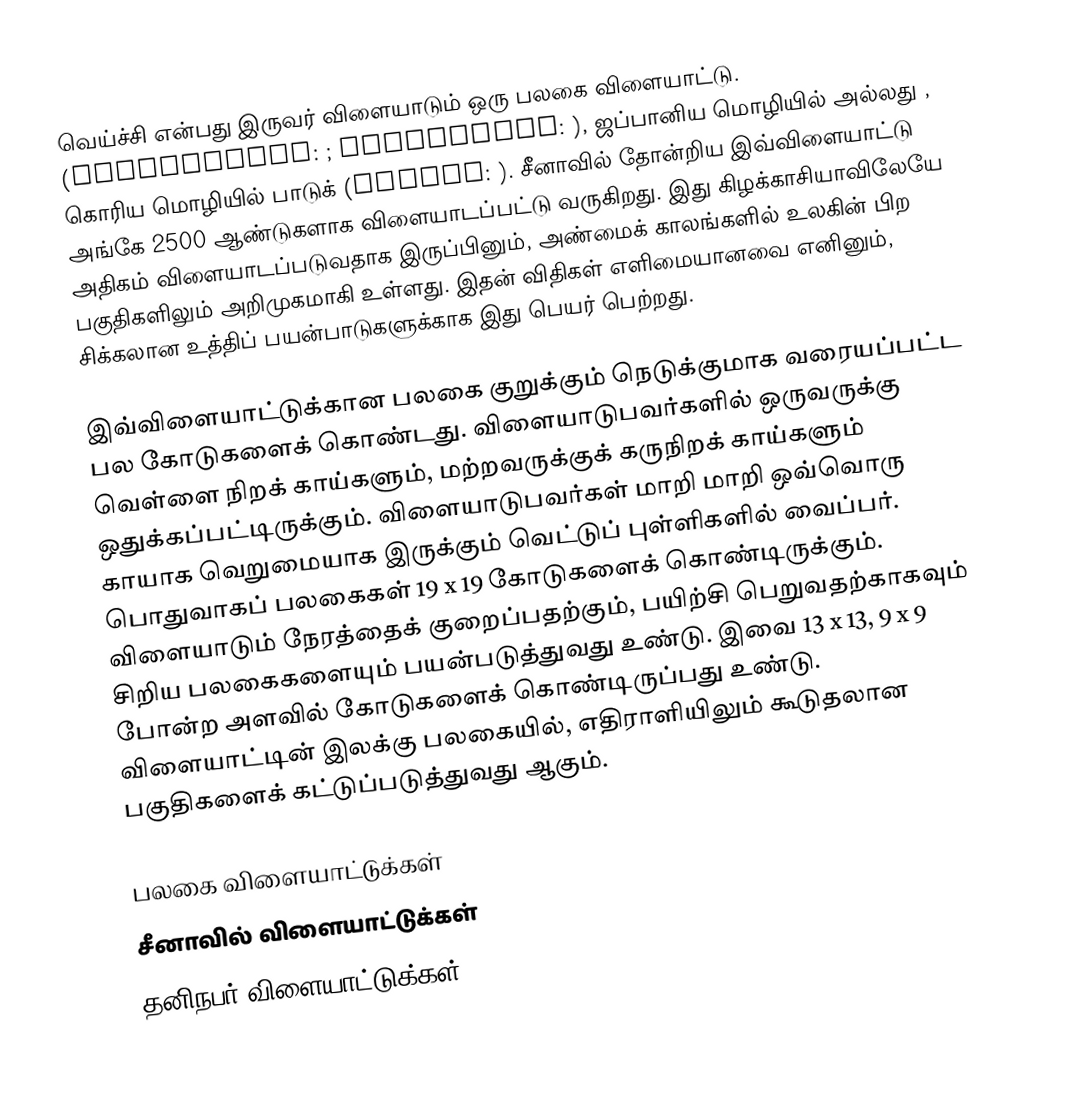
வெய்ச்சி என்பது இருவர் விளையாடும் ஒரு பலகை விளையாட்டு. (Traditional: ; Simplified: ), ஜப்பானிய மொழியில்  அல்லது , கொரிய மொழியில் பாடுக் (hangul: ). சீனாவில் தோன்றிய இவ்விளையாட்டு அங்கே 2500 ஆண்டுகளாக விளையாடப்பட்டு வருகிறது. இது கிழக்காசியாவிலேயே அதிகம் விளையாடப்படுவதாக இருப்பினும், அண்மைக் காலங்களில் உலகின் பிற பகுதிகளிலும் அறிமுகமாகி உள்ளது. இதன் விதிகள் எளிமையானவை எனினும், சிக்கலான உத்திப் பயன்பாடுகளுக்காக இது பெயர் பெற்றது.

இவ்விளையாட்டுக்கான பலகை குறுக்கும் நெடுக்குமாக வரையப்பட்ட பல கோடுகளைக் கொண்டது. விளையாடுபவர்களில் ஒருவருக்கு வெள்ளை நிறக் காய்களும், மற்றவருக்குக் கருநிறக் காய்களும் ஒதுக்கப்பட்டிருக்கும். விளையாடுபவர்கள் மாறி மாறி ஒவ்வொரு காயாக வெறுமையாக இருக்கும் வெட்டுப் புள்ளிகளில் வைப்பர். பொதுவாகப் பலகைகள் 19 x 19 கோடுகளைக் கொண்டிருக்கும். விளையாடும் நேரத்தைக் குறைப்பதற்கும், பயிற்சி பெறுவதற்காகவும் சிறிய பலகைகளையும் பயன்படுத்துவது உண்டு. இவை 13 x 13, 9 x 9 போன்ற அளவில் கோடுகளைக் கொண்டிருப்பது உண்டு. விளையாட்டின் இலக்கு பலகையில், எதிராளியிலும் கூடுதலான பகுதிகளைக் கட்டுப்படுத்துவது ஆகும்.

பலகை விளையாட்டுக்கள்
சீனாவில் விளையாட்டுக்கள்
தனிநபர் விளையாட்டுக்கள்